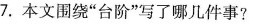
7.本文围绕”台阶”写了哪几件事?